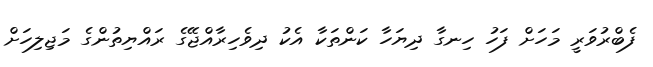
ފެބްރުވަރީ މަހަށް ފަހު ހިނގާ ދިޔަހާ ކަންތަކާ އެކު ދިވެހިރާއްޖޭގެ ރައްޔިތުންގެ މަޖިލިހަށް